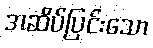
အဆိပ်ပြင်းသော